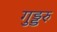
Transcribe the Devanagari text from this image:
गुड्डरु